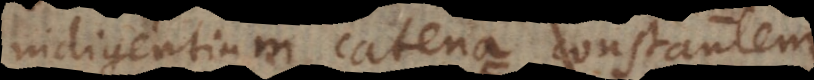
indigentium catena constantem